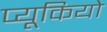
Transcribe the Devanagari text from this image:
प्यूकियो